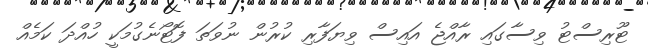
ޓޫރިސްޓު ވިސާގައި ރާއްޖެ އައިސް ވިޔަފާރި ކުރުން ނުވަތަ ފޮޓޯނެގުމަކީ ހުއްދަ ކަމެއް